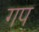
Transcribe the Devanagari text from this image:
गप